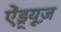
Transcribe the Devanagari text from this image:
ऐंड्र्यूज़